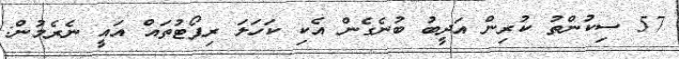
57 ސިކުންތު ކުރިން އަދީބު ބުނެގެން އެކި ކަހަލަ ރިޕޯޓުތައް އައީ ނެރެމުން: